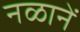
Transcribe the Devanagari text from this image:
नळानें